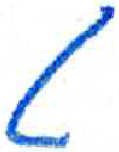
אות: ט